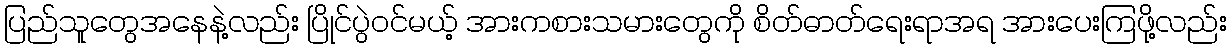
ပြည်သူတွေအနေနဲ့လည်း ပြိုင်ပွဲဝင်မယ့် အားကစားသမားတွေကို စိတ်ဓာတ်ရေးရာအရ အားပေးကြဖို့လည်း